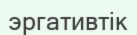
эргативтік